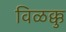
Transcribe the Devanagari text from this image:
विळक्कु